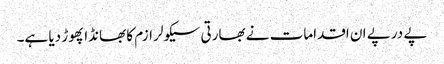
پے درپے ان اقدامات نے بھارتی سیکولر ازم کا بھانڈا پھوڑ دیا ہے۔